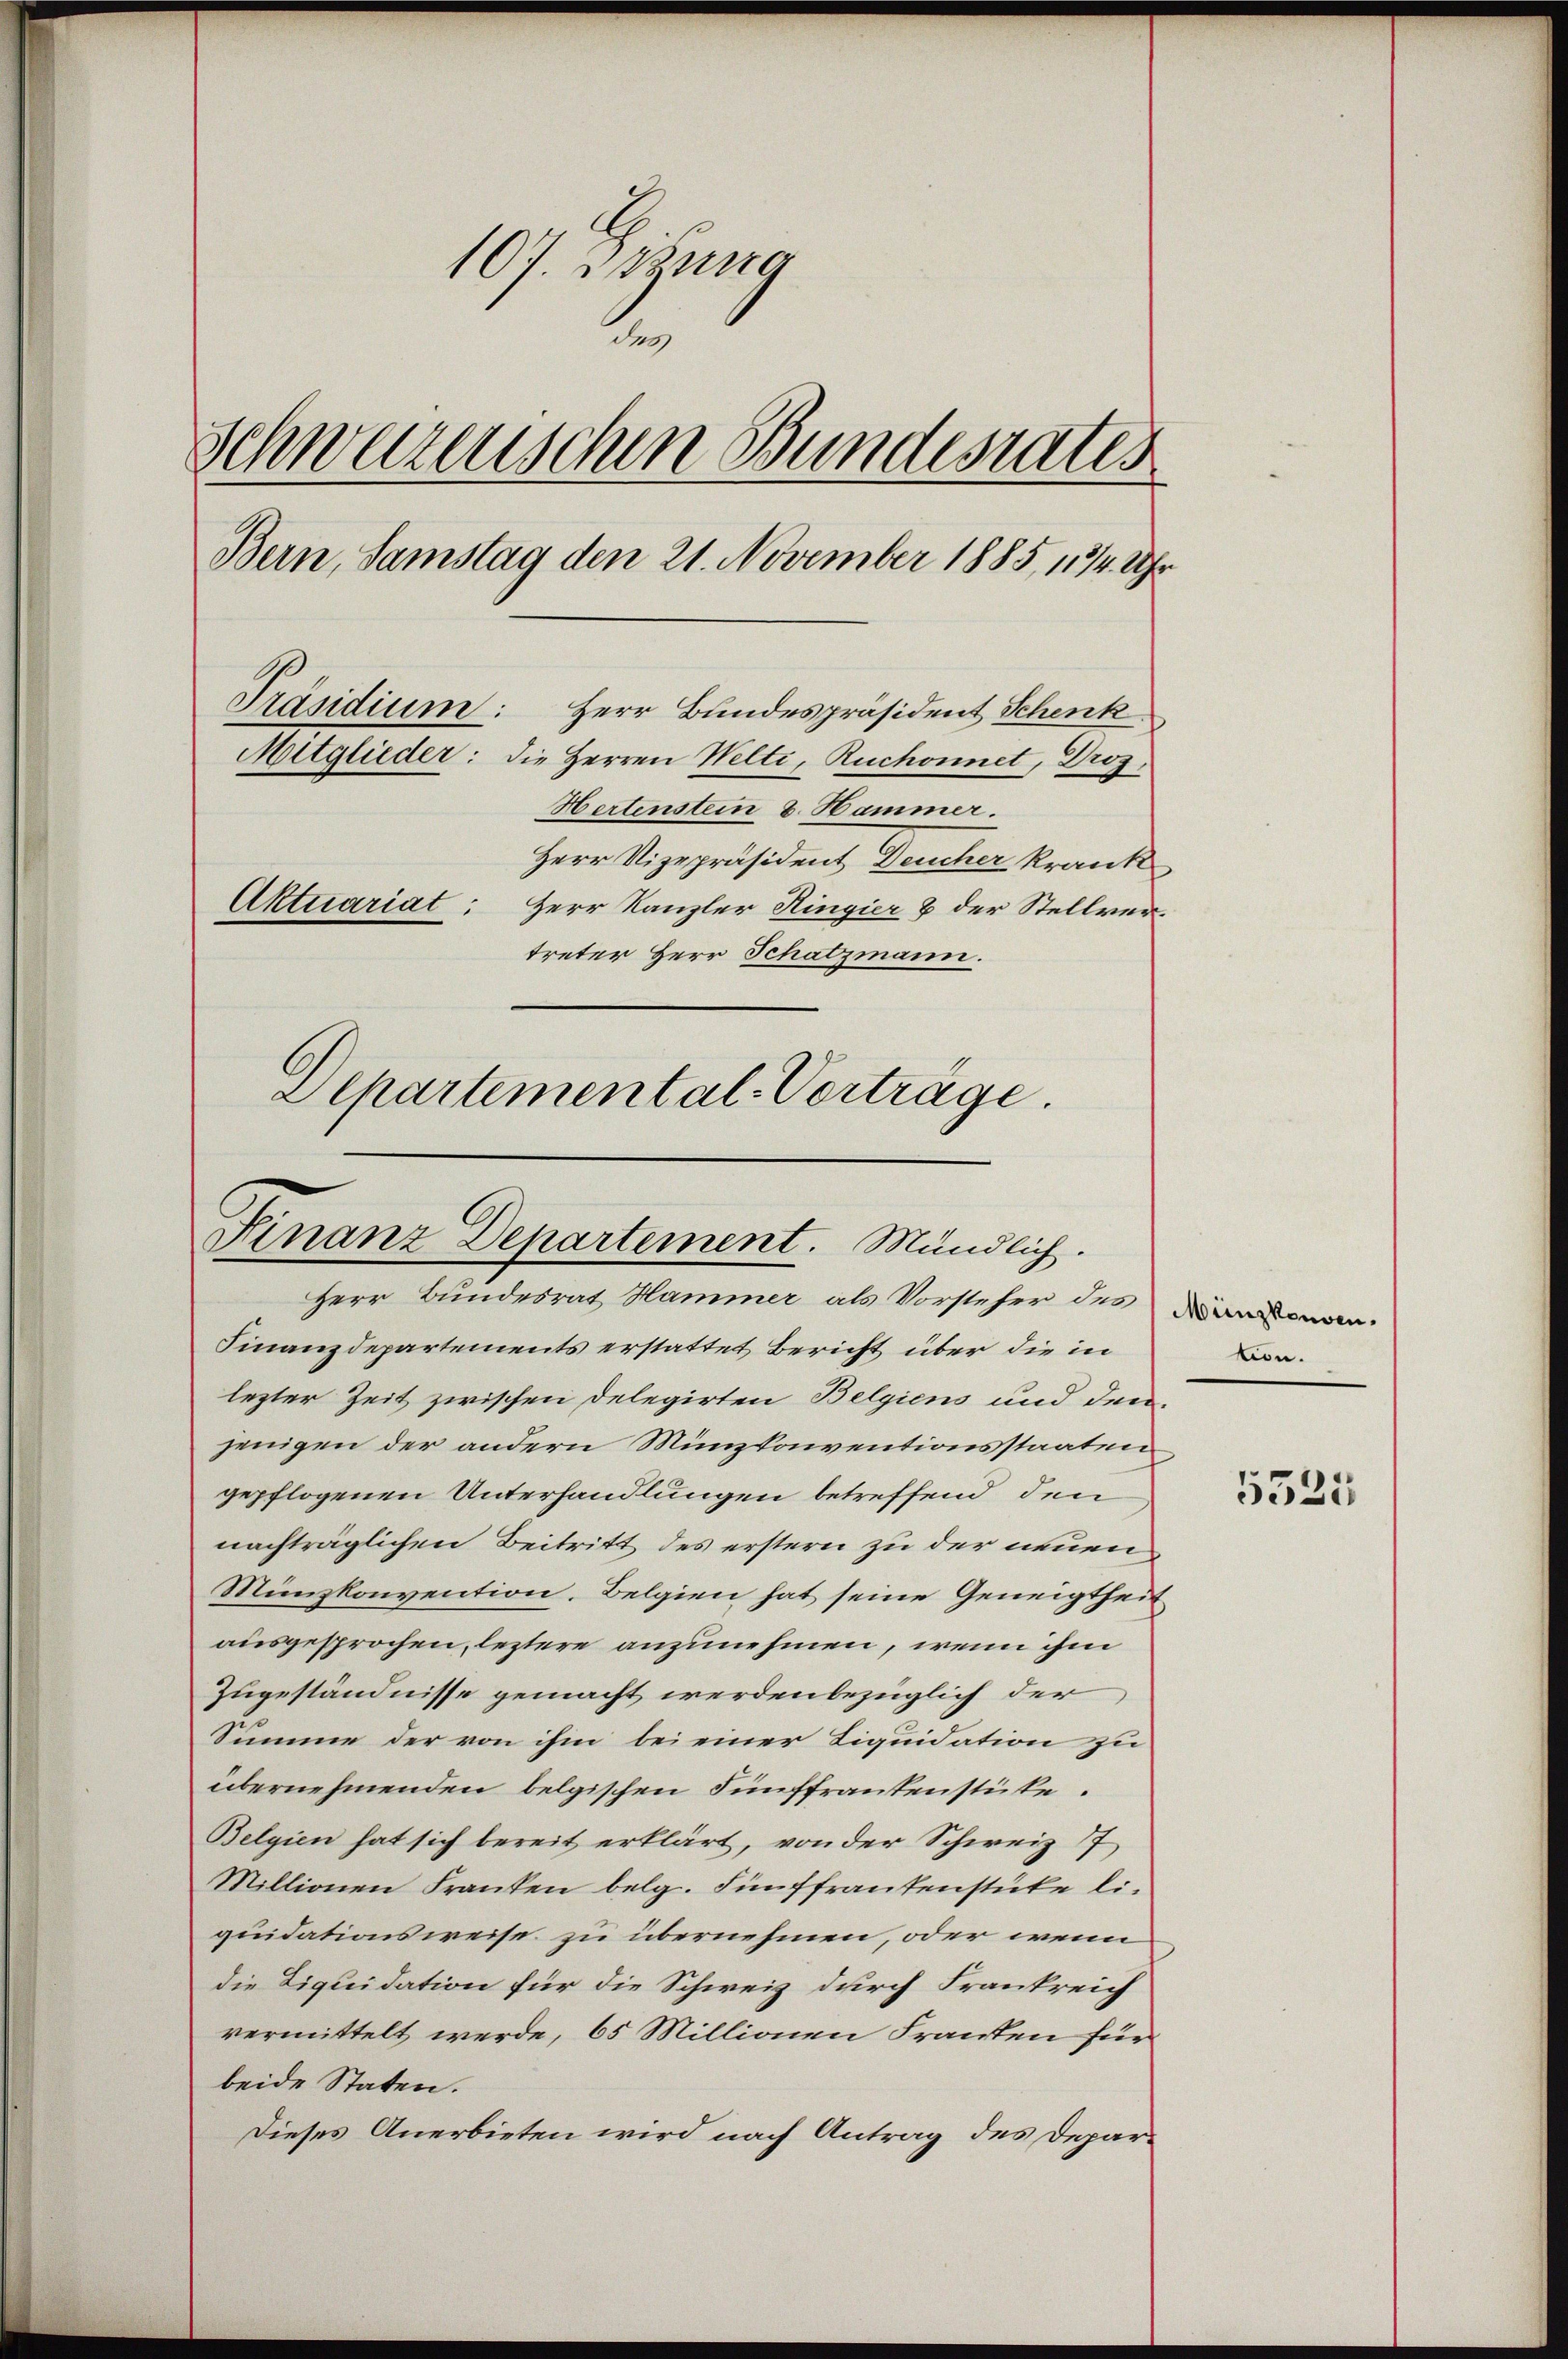
107. Jung
des
Schwarzerischen Bundesrates
Bern, Samstag den 21. November 1885, 134. Uhr
Präsidium: Herr Bundespräsident Schenk
Mitglieder: die Herren Welti, Ruchonnet, Dros
Hertenstein 8. Hammer.
Herr Vizepräsident Deucher krank
Aktuariat: Herr Kanzler Ringier & der Stellvertreter Herr Schatzmann.
Departemental-Vorträge.

Finanz-Departement. Mündlich.
Herr Bundesrat Hammer als Vorsteher des Banderan-

Finanzdepartements erstattet Bericht über die in
lezter Zeit zwischen Delegirten Belgiens und den
jenigen der andern Münzkonventionsstaaten
gepflogenen Unterhandlungen betreffend den
nachträglichen Beitritt des erstern zu der neuen
Münzkonvention. Belgien hat seine Geneigtheit
ausgesprochen, leztere anzunehmen, wenn ihm
Zugeständnisse gemacht werden bezüglich der
Summe der von ihm bei einer Liquidation zu
übernehmenden belgischen Fünffrankenstücke.
Belgien hat sich bereit erklärt, von der Schweiz 17
Millionen Franken belg. Fünffrantenstüke li
quidationsweise zu übernehmen, oder wenn
die Liquidation für die Schweiz durch Frankreich
vermittelt werde, 65 Millionen Franten für
beide Staten.
Dieses Anerbieten wird nach Antrag des Depar¬

tion.

5325